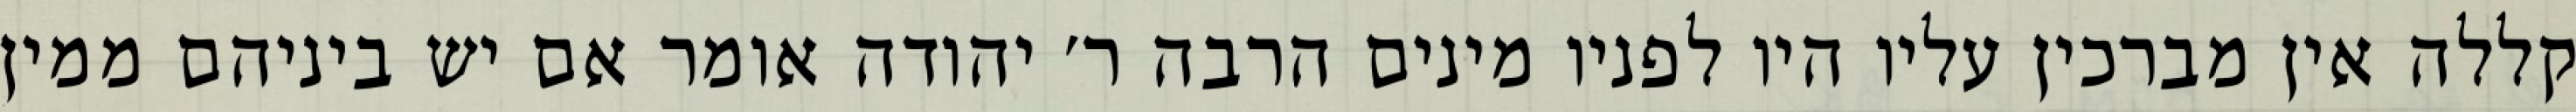
קללה אין מברכין עליו היו לפניו מינים הרבה ר׳ יהודה אומר אם יש ביניהם ממין